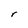
Character: r